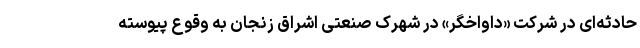
حادثه‌ای در شرکت «داواخگر» در شهرک صنعتی اشراق زنجان به وقوع پیوسته